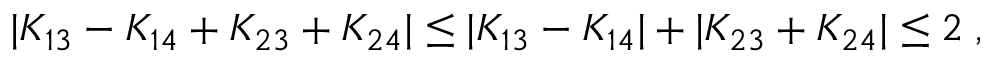
\begin{array} { r } { | K _ { 1 3 } - K _ { 1 4 } + K _ { 2 3 } + K _ { 2 4 } | \le | K _ { 1 3 } - K _ { 1 4 } | + | K _ { 2 3 } + K _ { 2 4 } | \le 2 \; , } \end{array}